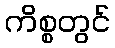
ကိစ္စတွင်